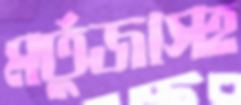
মর্তুজাসহ